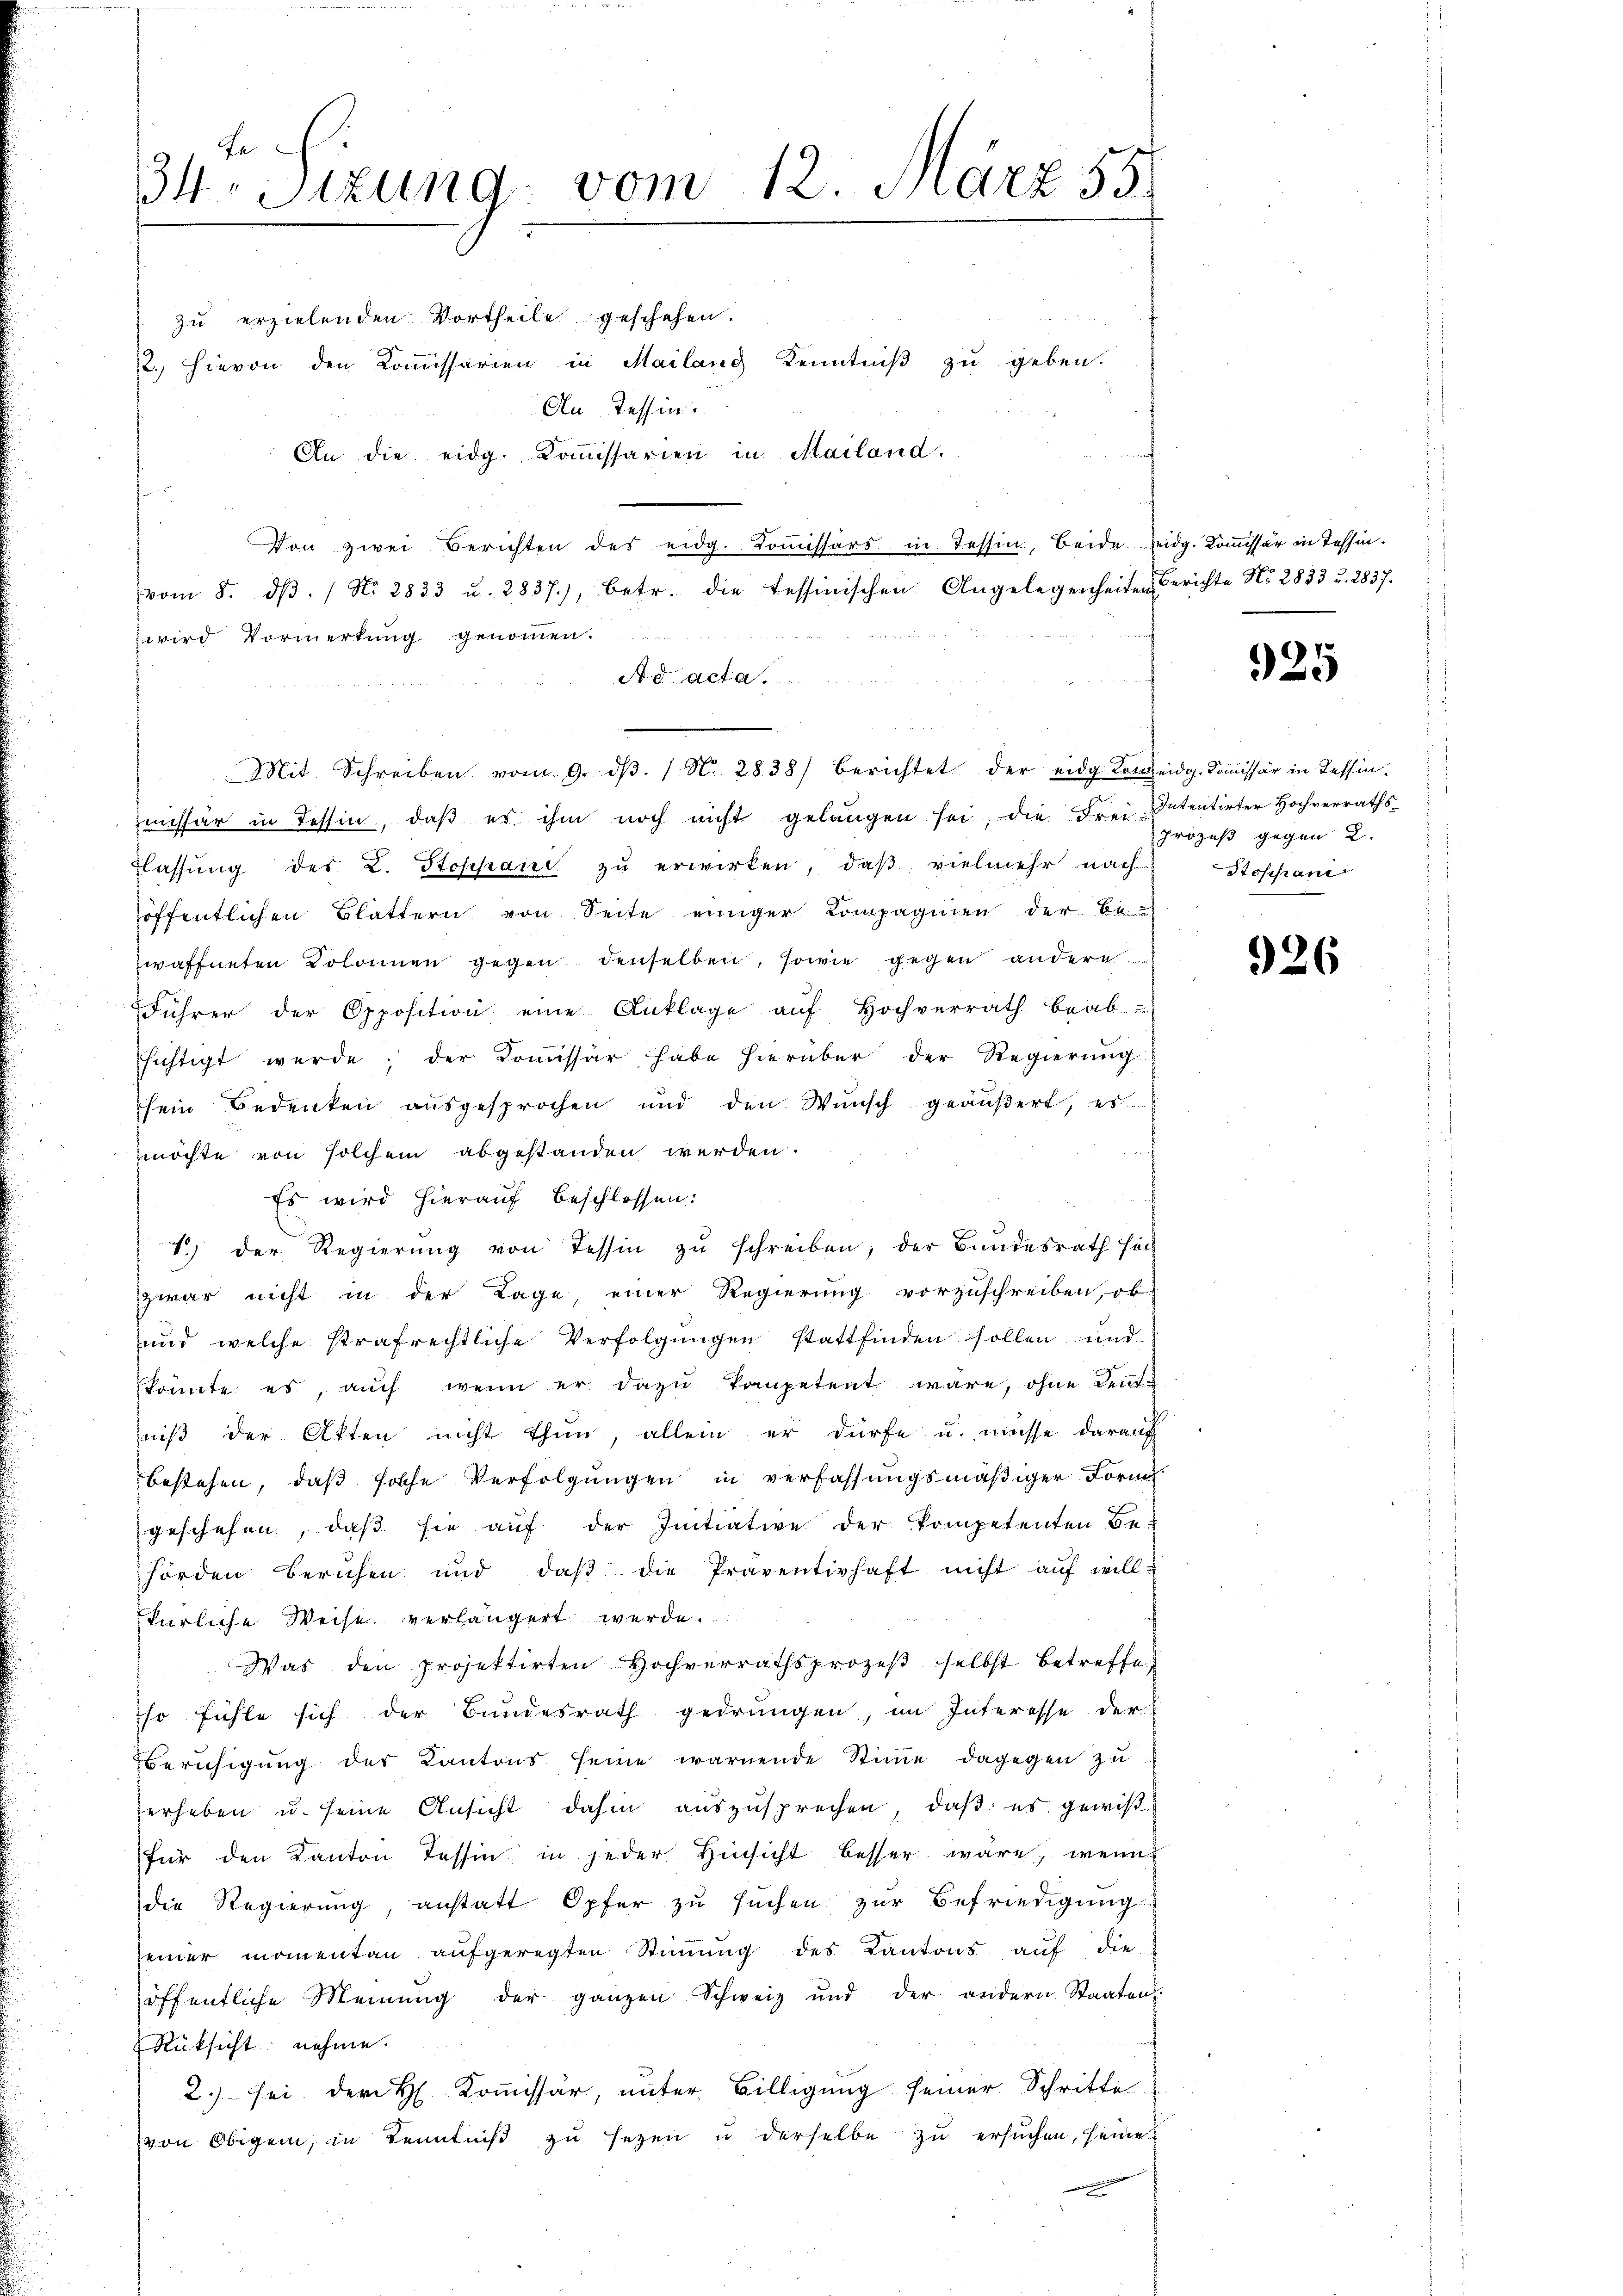
34. Sitzung vom 12. März 55.

zu erzielenden Vortheile geschehen.
2. Hievon den Kommissarien in Mailang Kenntniß zu geben.
An Tessin.
An die eidg. Koṁissarien in Mailand.
Von zwei Berichten des eidg. Koṁissärs in Tessin, beide eidg. Kommissär in Tessin.
vom 8. dβ. / No 2833 u. 2837), betr. die tessinischen Angelegenheiten Berichte No. 2833 u. 2837.
wird Vormerkung genommen.
Ad acta.
Mit Schreiben vom 9. dβ. / N. 2838) berichtet der eidg. Konseidg. Koṁissär in Tessin.
missär in Tessin, daβ es ihm noch nicht gelangen sei, die Frei-Intentirter Hochverraths-
lassŭng des L. Stoppani zŭ erwirken, daβ vielmehr nach Stoppani
öffentlichen Blättern von Seite einiger Compagnien der be
waffneten Kolonnen gegen denselben, sowie gegen andere
Führer der Opposition eine Anklage aŭf Hochverrath beab-
sichtigt werde; der Commissär habe hierüber der Regierung
sein Bedenken aŭsgesprochen und den Wŭnsch geäŭβert, es
möchte von solchem abgestanden werden.
Es wird hierauf beschlossen:
1) der Regierŭng von Tessin zu schreiben, der Bundesrath hin
zwar nicht in der Lage einer Regierung vorzuschreiben, ob
und welche strafrechtliche Verfolgungen stattfinden sollen und
könnte es, auch wenn er dazu kompetent wäre, ohne Rentniß der Akten nicht thun, allein er dürfe u. müsse darauf
bestehen, daß solche Verfolgungen in verfassungsmäßiger Form
geschehen, daß sie auf der Initiative der kompetenten Be-
hörden beruhen und daβ die Präventirhaft nicht aŭf willkürliche Weise verlängert werde.
Was den projektirten Hochverrathsprozeβ selbst betreffe
so fühle sich der Bundesrath gedrungen, im Interesse der
Beruhigung der Kantons seine warnende Stimme dagegen zu
erheben u. seine Ansicht dahin auszusprechen, daβ es gewißfür den Kanton Tessin in jeder Hinsicht besser wäre, wenn
die Regierung, anstatt Opfer zu suchen zur Befriedigung.
einer momentan aŭfgeregten Stiṁŭng des Kantons aŭf die
öffentliche Meinung der ganzen Schweiz und der andern Staaten
Rüksicht nehme.
2.) sei der H. Kommissär, unter Billigung seiner Schritte
von Obigem, in Kenntniβ zŭ sezen u derselbe zu ersuchen, seine

925

Prozeß gegen 2.

926